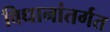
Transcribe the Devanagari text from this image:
विधानांतर्गत